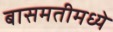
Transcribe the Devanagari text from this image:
बासमतीमध्ये